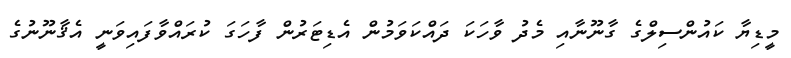
މީޑިޔާ ކައުންސިލްގެ ގާނޫނާއި މެދު ވާހަކަ ދައްކަވަމުން އެޑިޓަރުން ފާހަގަ ކުރައްވާފައިވަނީ އެޤާނޫނުގެ